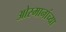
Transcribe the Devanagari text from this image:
ओस्मानांच्या